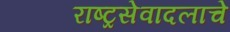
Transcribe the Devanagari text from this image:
राष्ट्रसेवादलाचे